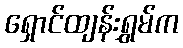
ရှောင်ထျန်းရွှမ်က